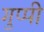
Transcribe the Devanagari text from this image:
गुप्पी